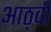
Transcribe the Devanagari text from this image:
आठ्वीं